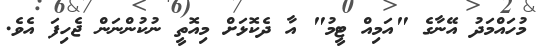
މުހައްމަދު އޭނާގެ "އަމިއް ޓީމު" އާ ދެކޮޅަށް މިއޮތީ ނުކުންނަން ޖެހިފަ އެވެ.